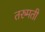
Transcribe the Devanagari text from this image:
तरुमती